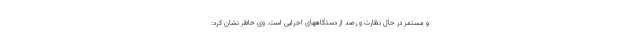
و مستمر در حال نظارت و رصد از دستگاههای اجرایی است. وی خاطر نشان کرد: